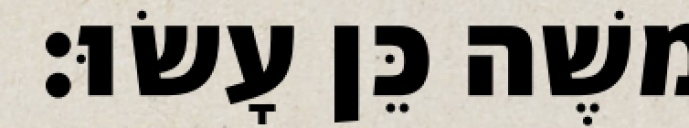
משֶׁה כֵּן עָשׂוּ׃